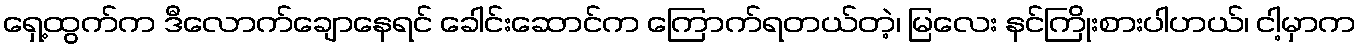
ရှေ့ထွက်က ဒီလောက်ချောနေရင် ခေါင်းဆောင်က ကြောက်ရတယ်တဲ့၊ မြလေး နင်ကြိုးစားပါဟယ်၊ ငါ့မှာက